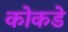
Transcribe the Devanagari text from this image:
कोकडे